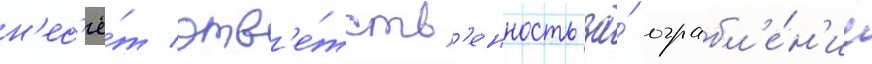
н'ес'ё́т отв'е́тств'енность за́ ограбл'е́н'ие